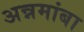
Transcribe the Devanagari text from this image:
अन्नमांबा